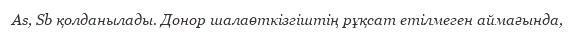
As, Sb қолданылады. Донор шалаөткізгіштің рұқсат етілмеген аймағында,